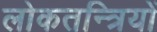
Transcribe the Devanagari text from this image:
लोकतन्त्रियों